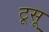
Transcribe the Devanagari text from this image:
टूसू